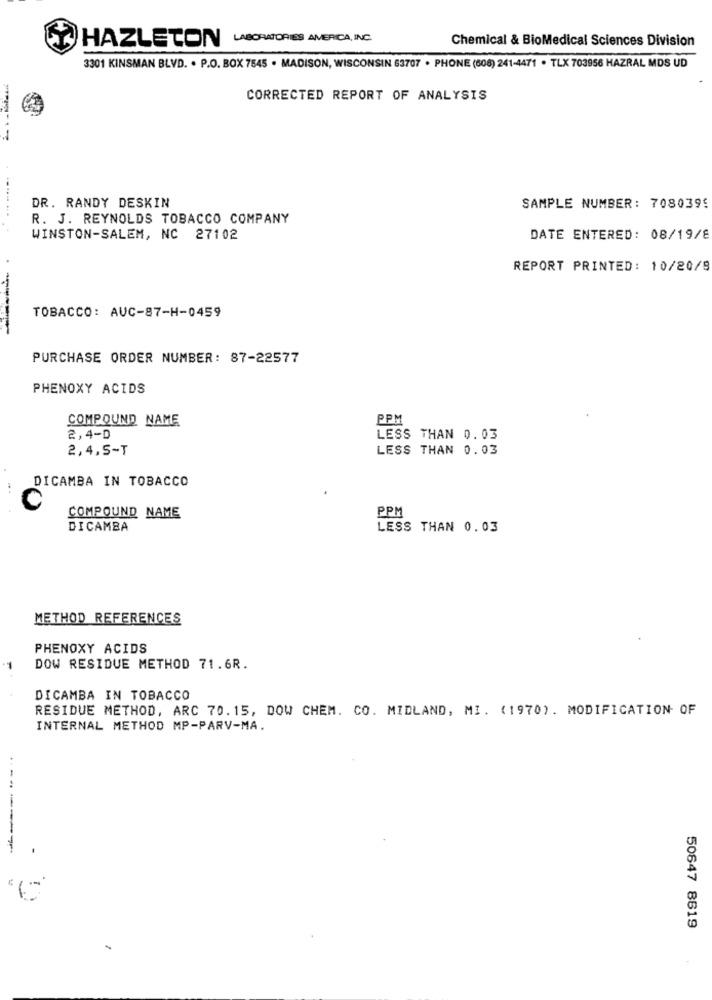
LABORATORIES AMERICA, INC.
Chemical & BioMedical Sciences Division
HAZLETON
3301 KINSMAN BLVD. · P.O. BOX 7545 · MADISON, WISCONSIN 53707 · PHONE (608) 241-4471 · TLX 703956 HAZRAL MDS UD
CORRECTED REPORT OF ANALYSIS
DR. RANDY DESKIN
SAMPLE NUMBER: 708039!
R. J. REYNOLDS TOBACCO COMPANY
. ...... ... .
WINSTON-SALEM, NC 27102
DATE ENTERED: 08/19/8
REPORT PRINTED: 10/20/8
TOBACCO: AUC-87-H-0459
-----
PURCHASE ORDER NUMBER: 87-22577
PHENOXY ACIDS
COMPOUND NAME
PPM
2,4-D
LESS THAN 0.03
2,4,5-T
LESS THAN 0.03
DICAMBA IN TOBACCO
C
PPM
COMPOUND NAME
DICAMBA
LESS THAN 0.03
METHOD REFERENCES
PHENOXY ACIDS
DOW RESIDUE METHOD 71.6R.
DICAMBA IN TOBACCO
RESIDUE METHOD, ARC 70.15, DOW CHEM. CO. MIDLAND, MI. (1970) . MODIFICATION OF
INTERNAL METHOD MP-PARV-MA.
50647 8619